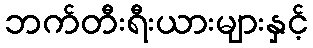
ဘက်တီးရီးယားများနှင့်